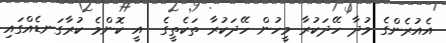
އެއުރެންގެ މުދާ ހޭދަކުރާ މީހުން ހޭދަކުރާ ތަކެތީގެ  އީ ކޮންމެ ކުރާގަނޑެއްގައި